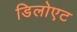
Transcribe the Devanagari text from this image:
डिलोएट